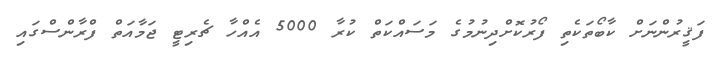
ފަޤީރުންނަށް ކާބޯތަކެތި ފޯރުކޮށްދިނުމުގެ މަސައްކަތް ކުރާ 5000 އެއްހާ ޗެރިޓީ ޖަމާއަތް ފްރާންސްގައި